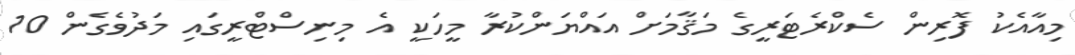
މިއާއެކު ފޮރިން ސެކްރެޓަރީގެ މަޤާމަށް އައްޔަންކުރާ މީހަކީ އެ މިނިސްޓްރީގައި މަދުވެގެން 10